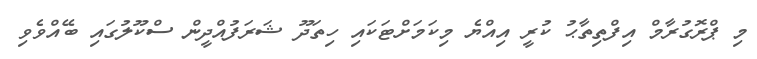
މި ޕްރޮގުރާމް އިފްތިތާޙު ކުރީ އިއްޔެ މިކަމަށްޓަކައި ހިތަދޫ ޝަރަފުއްދީން ސްކޫލުގައި ބޭއްވެވި